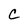
Character: C